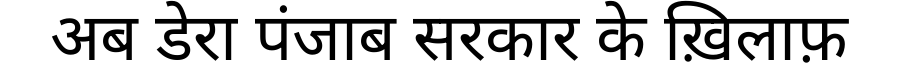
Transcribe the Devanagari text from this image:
अब डेरा पंजाब सरकार के ख़िलाफ़